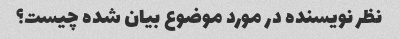
نظر نویسنده در مورد موضوع بیان شده چیست؟